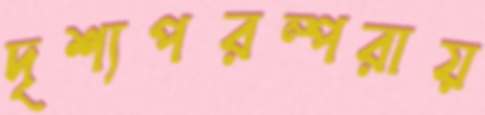
দৃশ্যপরম্পরায়